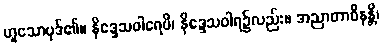
ဟူသောပုဒ်၏။ နိဒ္ဒေသဝါရေပိ၊ နိဒ္ဒေသဝါရ၌လည်း။ အညာတာဝီနန္တိ၊